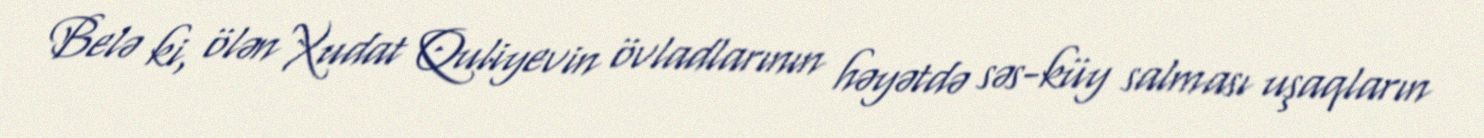
Belə ki, ölən Xudat Quliyevin övladlarının həyətdə səs-küy salması uşaqların